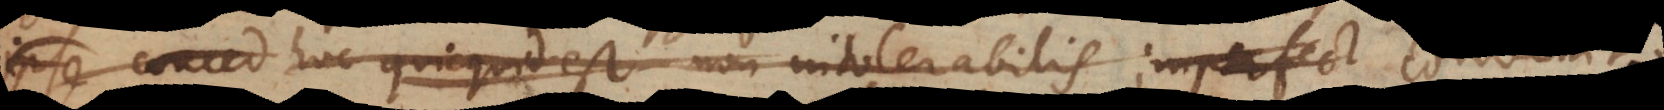
ipse conced hoc (c) quicquid est non intolerabilis imperfect